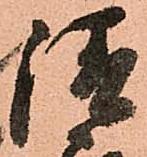
請